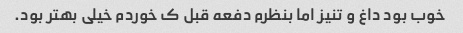
خوب بود داغ و تنیز اما بنظرم دفعه قبل ک خوردم خیلی بهتر بود.